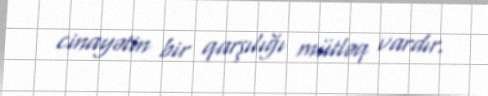
cinayətin bir qarşılığı mütləq vardır.